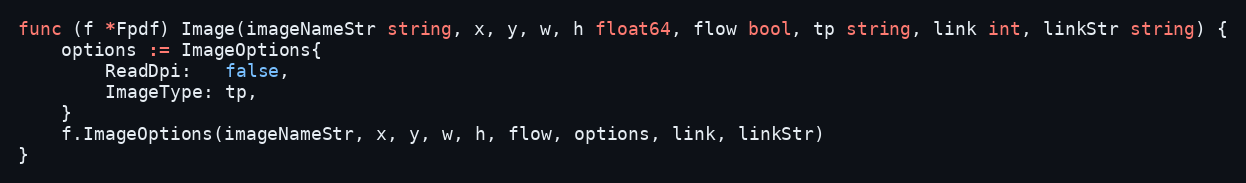
Language: Go
func (f *Fpdf) Image(imageNameStr string, x, y, w, h float64, flow bool, tp string, link int, linkStr string) {
	options := ImageOptions{
		ReadDpi:   false,
		ImageType: tp,
	}
	f.ImageOptions(imageNameStr, x, y, w, h, flow, options, link, linkStr)
}